Report on the working of the Ranchi Indian Mental Hospital, Kanke, in Bihar and Orissa - 1930-1940
Year: 1930
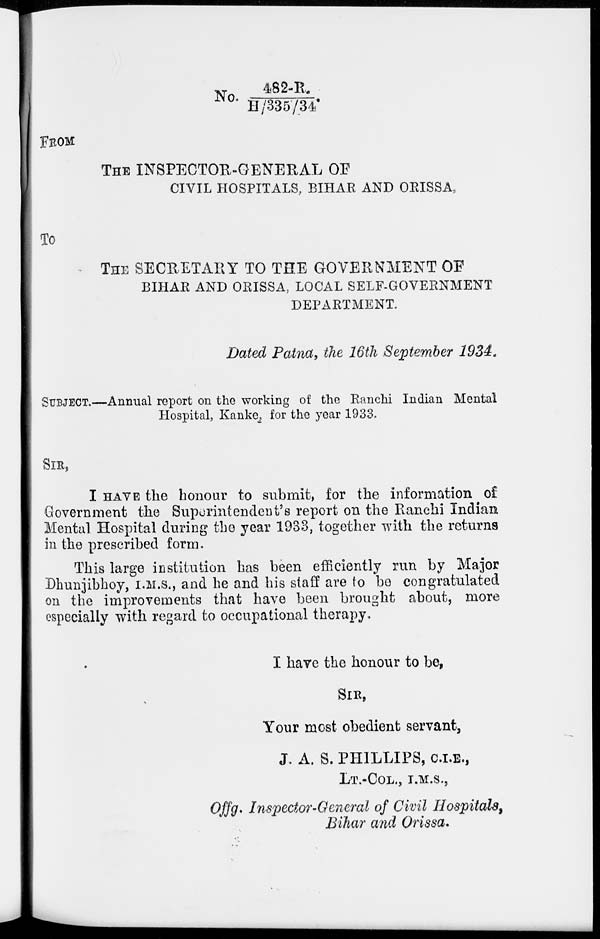
No. 482-R./H/335/34
FROM
THE INSPECTOR-GENERAL OF
CIVIL HOSPITALS, BIHAR AND ORISSA,
To
THE SECRETARY TO THE GOVERNMENT OF
BIHAR AND ORISSA, LOCAL SELF-GOVERNMENT
DEPARTMENT.
Dated Patna, the 16th September 1934.
SUBJECT.—Annual report on the working of the Ranchi Indian Mental
Hospital, Kanke, for the year 1933.
SIR,
I HAVE the honour to submit, for the information of
Government the Superintendent's report on the Ranchi Indian
Mental Hospital during the year 1933, together with the returns
in the prescribed form.
This large institution has been efficiently run by Major
Dhunjibhoy, I.M.S., and he and his staff are to be congratulated
on the improvements that have been brought about, more
especially with regard to occupational therapy.
I have the honour to be,
SIR,
Your most obedient servant,
J. A. S. PHILLIPS, C.I.E.,
LT.-COL., I.M.S.,
Offg. Inspector-General of Civil Hospitals,
Bihar and Orissa.